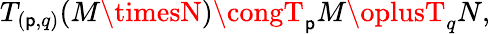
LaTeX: T_{(\mathsf{p},q)}(M\timesN)\congT_{\mathsf{p}}M\oplusT_{q}N,